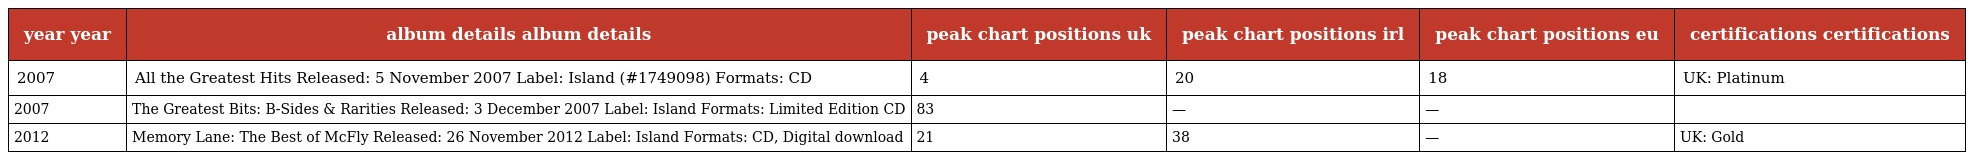
| year year | album details album details | peak chart positions uk | peak chart positions irl | peak chart positions eu | certifications certifications |
 | --- | --- | --- | --- | --- | --- |
 | 2007 | All the Greatest Hits Released: 5 November 2007 Label: Island (#1749098) Formats: CD | 4 | 20 | 18 | UK: Platinum |
 | 2007 | The Greatest Bits: B-Sides & Rarities Released: 3 December 2007 Label: Island Formats: Limited Edition CD | 83 | — | — |  |
 | 2012 | Memory Lane: The Best of McFly Released: 26 November 2012 Label: Island Formats: CD, Digital download | 21 | 38 | — | UK: Gold |